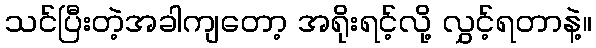
သင်ပြီးတဲ့အခါကျတော့ အရိုးရင့်လို့ လွှင့်ရတာနဲ့။